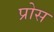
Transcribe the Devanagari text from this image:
प्रोस